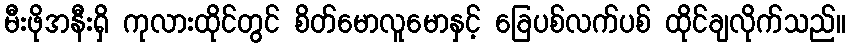
မီးဖိုအနီးရှိ ကုလားထိုင်တွင် စိတ်မောလူမောနှင့် ခြေပစ်လက်ပစ် ထိုင်ချလိုက်သည်။